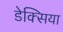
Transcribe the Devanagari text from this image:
डेक्सिया